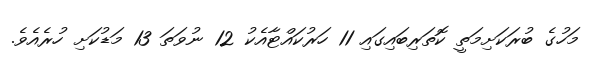
މަހުގެ ބުރަކަށިމަތީ ކޮތަރިބައިގައި 11 ހަރުކައްޓާއެކު 12 ނުވަތަ 13 މަޑުކަށި ހުރެއެވެ.